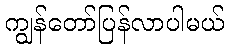
ကျွန်တော်ပြန်လာပါမယ်